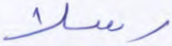
رسلا